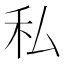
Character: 私